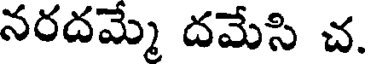
నరదమ్మ దమేసి చ.